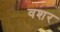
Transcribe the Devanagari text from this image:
वशर